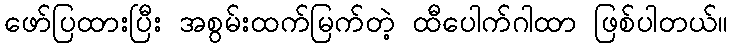
ဖော်ပြထားပြီး အစွမ်းထက်မြက်တဲ့ ထီပေါက်ဂါထာ ဖြစ်ပါတယ်။